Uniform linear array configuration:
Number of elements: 24
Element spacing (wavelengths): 0.25
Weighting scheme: cosine
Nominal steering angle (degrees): -60
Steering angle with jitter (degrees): -60.829
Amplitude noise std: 0.05
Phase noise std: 0.05

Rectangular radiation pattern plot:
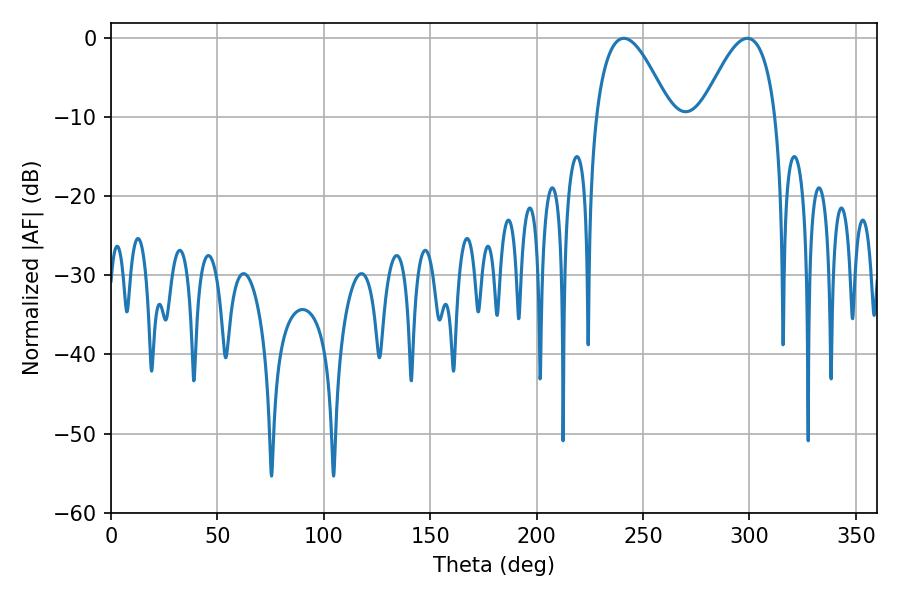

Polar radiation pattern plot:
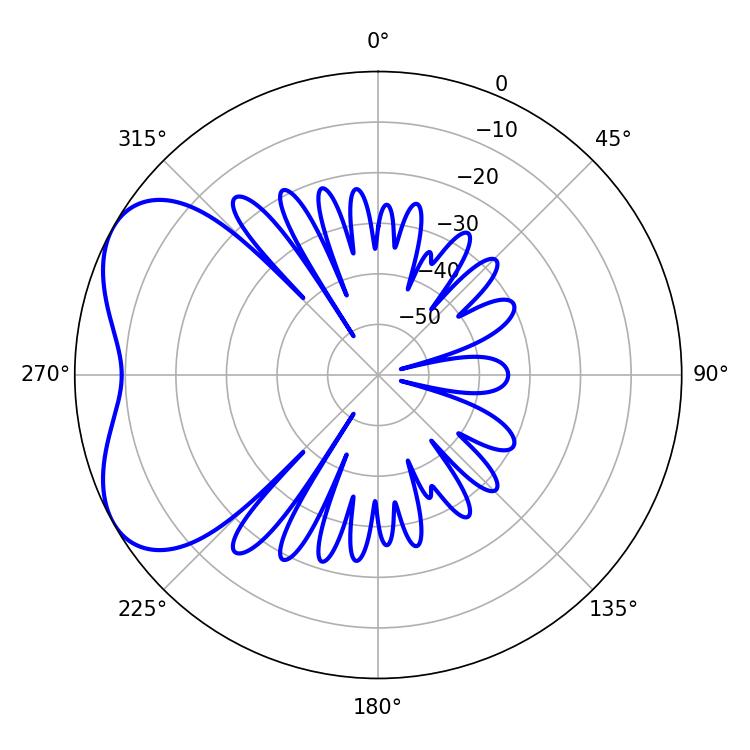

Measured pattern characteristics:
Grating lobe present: FALSE
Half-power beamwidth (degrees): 19.08
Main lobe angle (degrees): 241.02